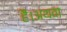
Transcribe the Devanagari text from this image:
हैं।अथवा